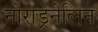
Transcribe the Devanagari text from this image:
नोराड्रेनेलिन